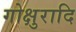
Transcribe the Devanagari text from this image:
गोक्षुरादि